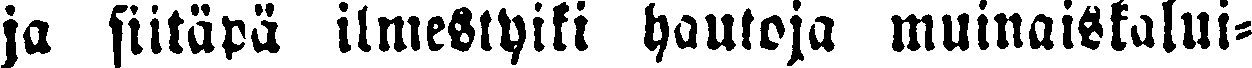
ja siitäpä ilmestyiki hautoja muinaiskalui-